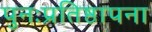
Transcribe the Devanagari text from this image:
पुनःप्रतिष्ठापना